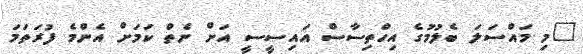
"މި މައްސަލަ ބެލުމުގެ އިހްތިސާސް އައިސީސީ އަށް ނެތް ކަމަށް އެންމެ ފުރަތަމަ